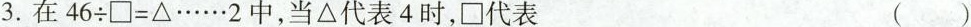
3.在$$46÷□=Δ$$……2中，当Δ代表4时，□代表 ()